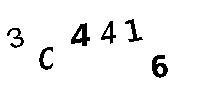
3C4416